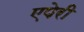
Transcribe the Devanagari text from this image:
एपेरी